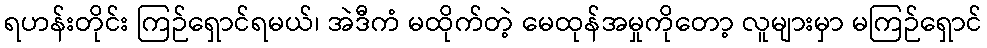
ရဟန်းတိုင်း ကြဉ်ရှောင်ရမယ်၊ အဲဒီကံ မထိုက်တဲ့ မေထုန်အမှုကိုတော့ လူများမှာ မကြဉ်ရှောင်